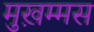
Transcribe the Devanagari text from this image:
मुख़म्मस